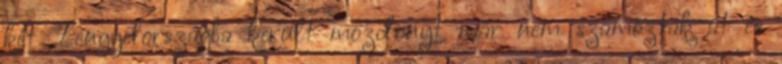
két Lengyelországba került mozdonyt már nem számozták át és